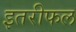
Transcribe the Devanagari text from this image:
इतरीफल